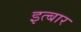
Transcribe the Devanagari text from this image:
इत्बार